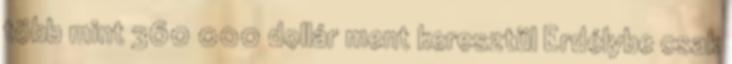
több mint 360 000 dollár ment keresztül Erdélybe csak